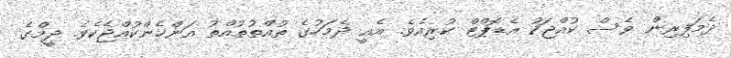
ދެމަފިރިން ވެސް ކުއްޖަކު އެޑޮޕްޓް ކުރިއެވެ. އެއީ ދެމަހުގެ ތުއްތުތުއްތު އަންހެންކުއްޖެކެވެ. ދީމްގެ